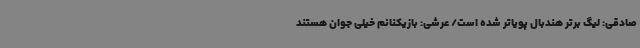
صادقی: لیگ برتر هندبال پویاتر شده است/ عرشی: بازیکنانم خیلی جوان هستند